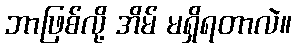
ဘာဖြစ်လို့ အိမ် မရှိရတာလဲ။